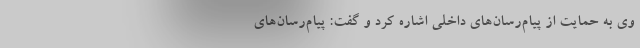
وی به حمایت‌ از پیام‌رسان‌های داخلی اشاره کرد و گفت: پیام‌رسان‌های